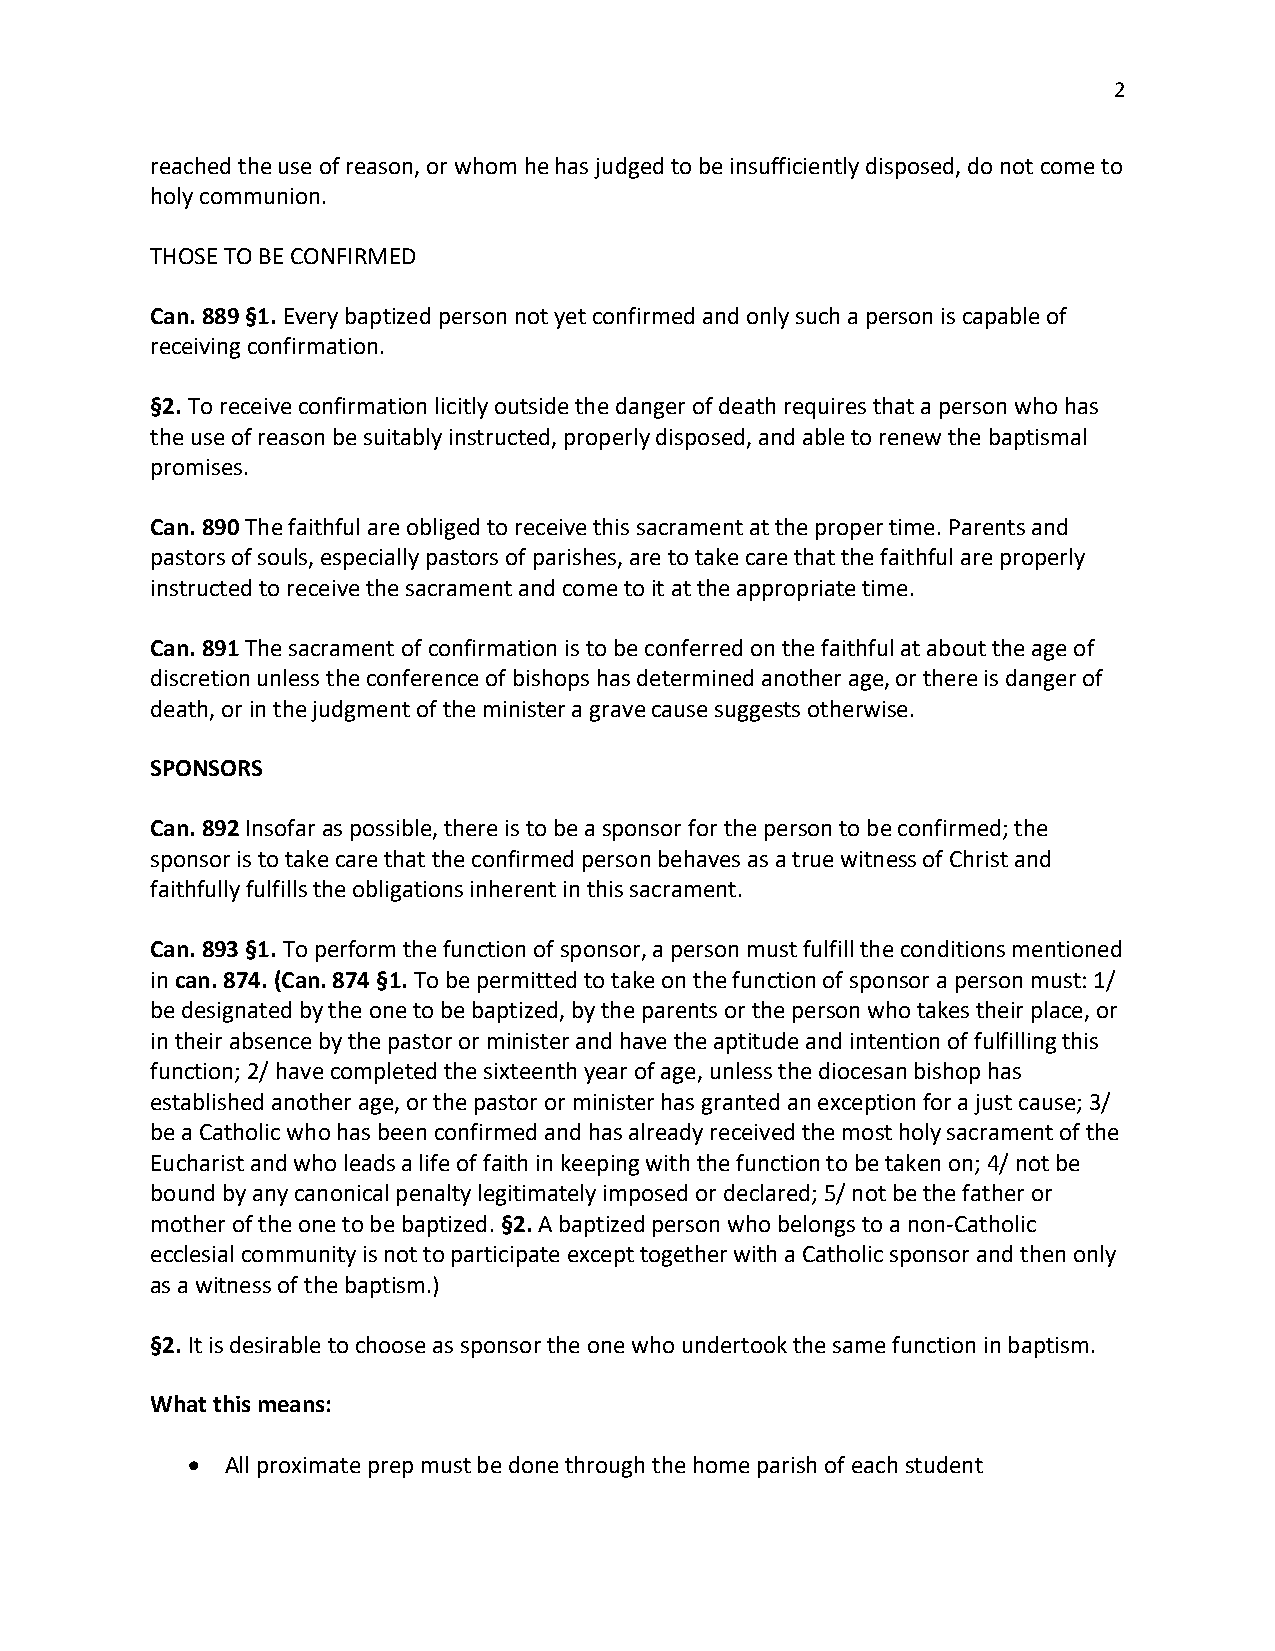
2
 reached the use of reason, or whom he has judged to be insufficiently disposed, do not come to
 holy communion.
 THOSE TO BE CONFIRMED
 Can. 889 §1. Every baptized person not yet confirmed and only such a person is capable of
 receiving confirmation.
 §2. To receive confirmation licitly outside the danger of death requires that a person who has
 the use of reason be suitably instructed, properly disposed, and able to renew the baptismal
 promises.
 Can. 890 The faithful are obliged to receive this sacrament at the proper time. Parents and
 pastors of souls, especially pastors of parishes, are to take care that the faithful are properly
 instructed to receive the sacrament and come to it at the appropriate time.
 Can. 891 The sacrament of confirmation is to be conferred on the faithful at about the age of
 discretion unless the conference of bishops has determined another age, or there is danger of
 death, or in the judgment of the minister a grave cause suggests otherwise.
 SPONSORS
 Can. 892 Insofar as possible, there is to be a sponsor for the person to be confirmed; the
 sponsor is to take care that the confirmed person behaves as a true witness of Christ and
 faithfully fulfills the obligations inherent in this sacrament.
 Can. 893 §1. To perform the function of sponsor, a person must fulfill the conditions mentioned
 in can. 874. (Can. 874 §1. To be permitted to take on the function of sponsor a person must: 1/
 be designated by the one to be baptized, by the parents or the person who takes their place, or
 in their absence by the pastor or minister and have the aptitude and intention of fulfilling this
 function; 2/ have completed the sixteenth year of age, unless the diocesan bishop has
 established another age, or the pastor or minister has granted an exception for a just cause; 3/
 be a Catholic who has been confirmed and has already received the most holy sacrament of the
 Eucharist and who leads a life of faith in keeping with the function to be taken on; 4/ not be
 bound by any canonical penalty legitimately imposed or declared; 5/ not be the father or
 mother of the one to be baptized. §2. A baptized person who belongs to a non-Catholic
 ecclesial community is not to participate except together with a Catholic sponsor and then only
 as a witness of the baptism.)
 §2. It is desirable to choose as sponsor the one who undertook the same function in baptism.
 What this means:
 •  All proximate prep must be done through the home parish of each student